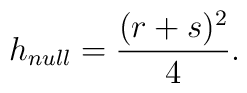
h _{null} = \frac{(r+s)^{2}}{4} .